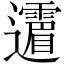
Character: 𲆈